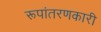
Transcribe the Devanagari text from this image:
रूपांतरणकारी